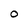
Character: O